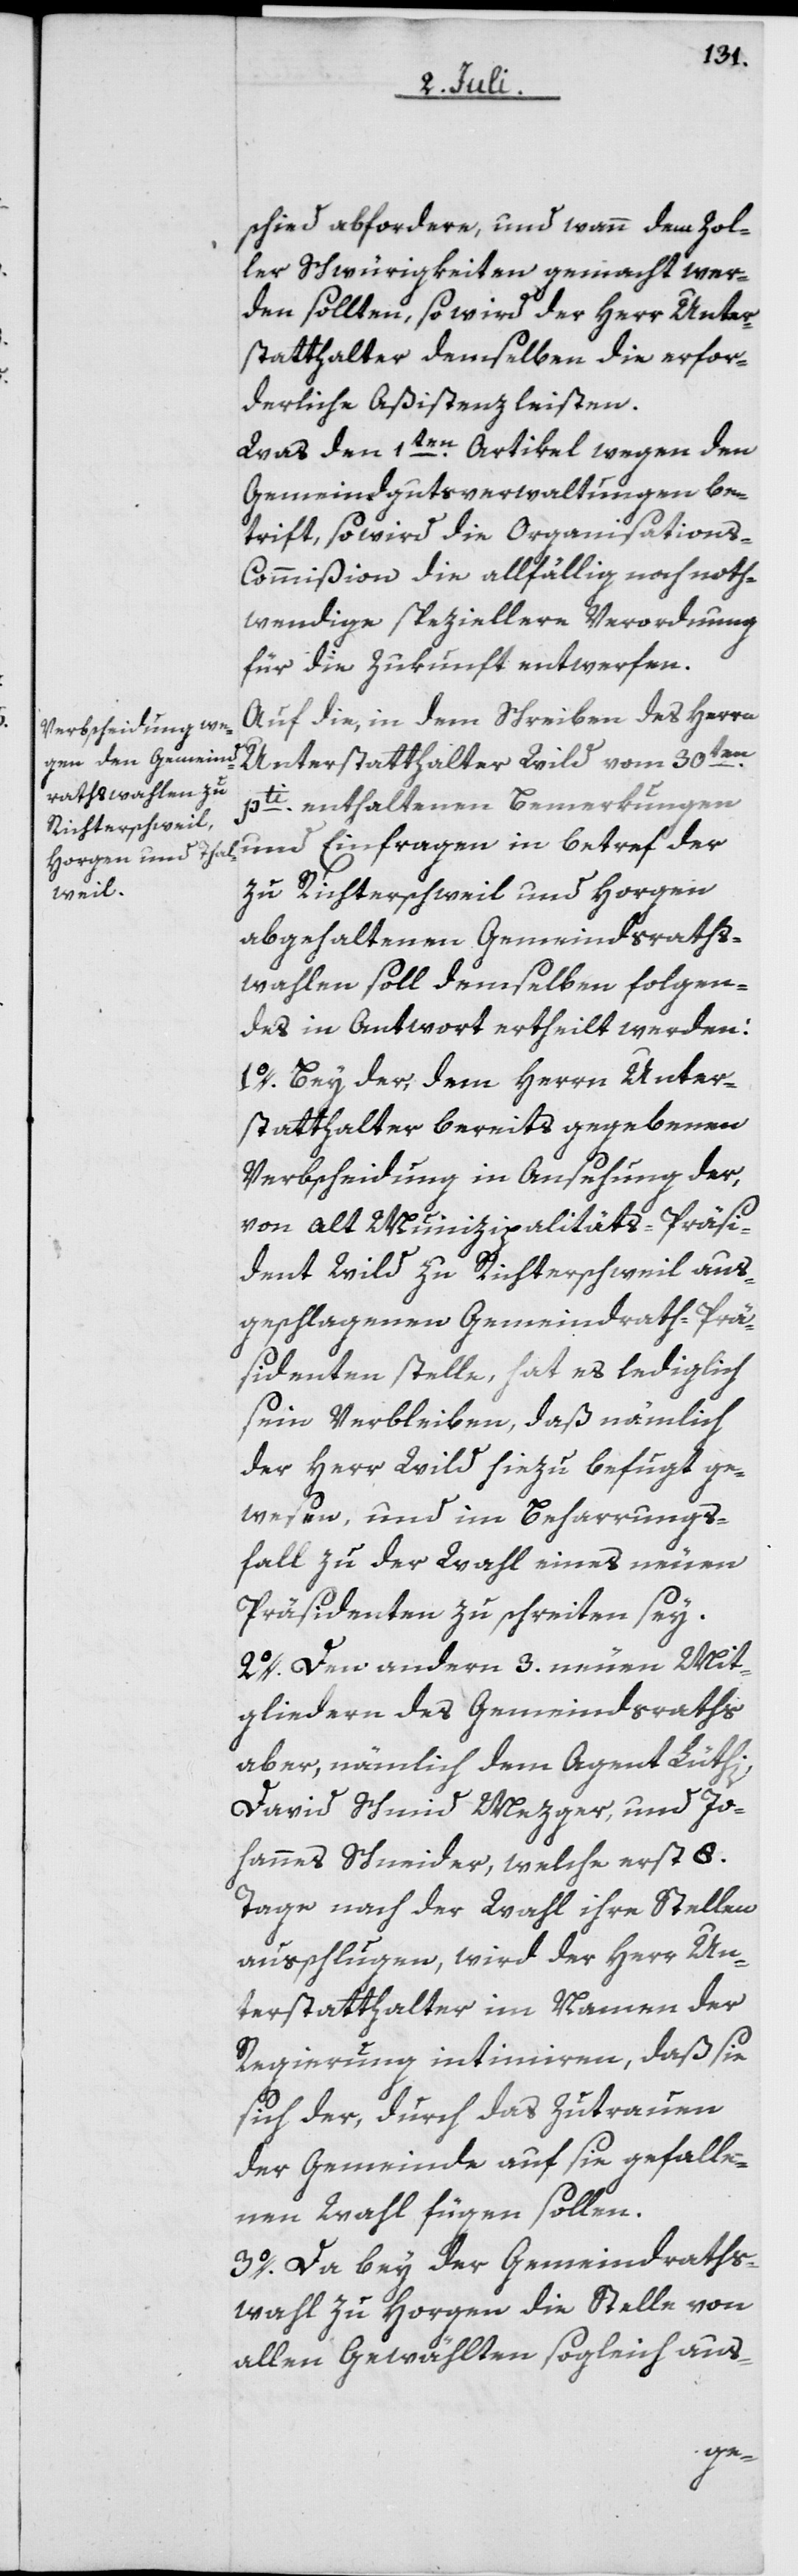
schied abfordere, und wann dem Zol¬
ler Schwürigkeiten gemacht wer¬
den sollten, so wird der Herr Unter¬
statthalter demselben die erfor¬
derliche Aßistenz leisten.
Was den 1ten Artikel wegen den
Gemeindgutsverwaltungen be¬
trift, so wird die Organisation¬
s-Commißion die allfällig noch noth¬
wendige speziellere Verordnung
für die Zukunft entwerfen.
Auf die, in dem Schreiben des Herrn
Unterstatthalter Wild vom 30ten
pti enthaltenen Bemerkungen
zu Richterschweil und Horgen
abgehaltenen Gemeindsraths¬
wahlen soll demselben folgen¬
des in Antwort ertheilt werden:
1o. Bey der, dem Herrn Unter¬
statthalter bereits gegebenen
Verbscheidung in Ansehung der,
von alt Munizipalitäts-Präsi¬
dent Wild zu Richterschweil aus¬
geschlagenen Gemeindrath-Prä¬
sidentenstelle, hat es lediglich
sein Verbleiben, daß nämlich
der Herr Wild hiezu befugt ge¬
wesen, und im Beharrungs¬
fall zu der Wahl eines neuen
Präsidenten zu schreiten sey.
2o. Den anderen 3. neuen Mit¬
gliedern des Gemeindsraths
aber, nämlich dem Agent Lüthi,
David Schmid Mezger, und Jo¬
hannes Schneider, welche erst 8.
Tage nach der Wahl ihre Stellen
ausschlugen, wird der Herr Un¬
terstatthalter im Namen der
Regierung intimiren, daß sie
sich der, durch das Zutrauen
der Gemeinde auf sie gefalle¬
nen Wahl, fügen sollen.
3o. Da bey der Gemeindrats¬
wahl zu Horgen die Stelle von
allen Gewählten sogleich aus-